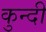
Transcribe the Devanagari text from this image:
कुन्दी